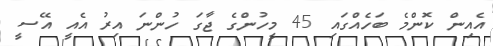
އެއިން ކޮންމެ ބަހެއްގައި 45 މީހުންގެ ޖާގަ ހުންނަ އިރު އެއީ އޭސީ